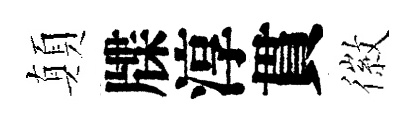
顛牒淳貫徽